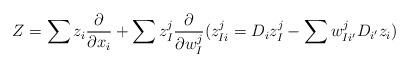
LaTeX: \begin{align*}Z=\sum z_i\frac{\partial}{\partial x_i}+\sum z^j_I\frac{\partial}{\partial w^j_I}(z^j_{Ii}=D_iz^j_I-\sum w^j_{Ii'}D_{i'}z_i)\end{align*}